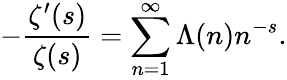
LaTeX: -{\frac{\zeta^{\prime}(s)}{\zeta(s)}}=\sum_{n=1}^{\infty}\Lambda(n)n^{-s}.